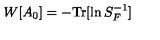
W [ A _ { 0 } ] = - \mathrm { T r } [ \ln S _ { F } ^ { - 1 } ]